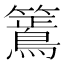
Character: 𮆶